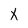
Character: X